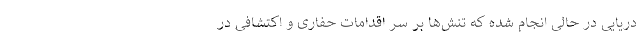
دریایی در حالی انجام شده که تنش‌ها بر سر اقدامات حفاری و اکتشافی در